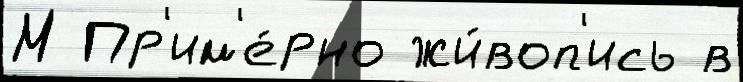
М Пр'им'е́рно жи́воп'ись в